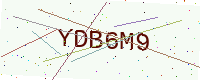
Text: YDB6M9